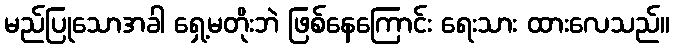
မည်ပြုသောအခါ ရှေ့မတိုးဘဲ ဖြစ်နေကြောင်း ရေးသား ထားလေသည်။